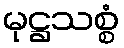
မုဋ္ဌသစ္စံ